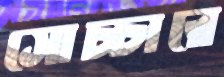
সোচ্চারে